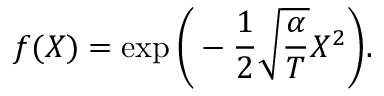
f ( X ) = \exp \bigg ( - \frac { 1 } { 2 } \sqrt { \frac { \alpha } { T } } X ^ { 2 } \bigg ) .